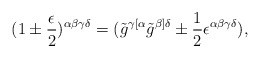
\begin{align*}(1 \pm {\epsilon \over 2})^{\alpha \beta \gamma \delta} = (\tilde g^{\gamma [\alpha} \tilde g^{\beta]\delta} \pm {1\over2}\epsilon^{\alpha \beta \gamma \delta} ),\end{align*}